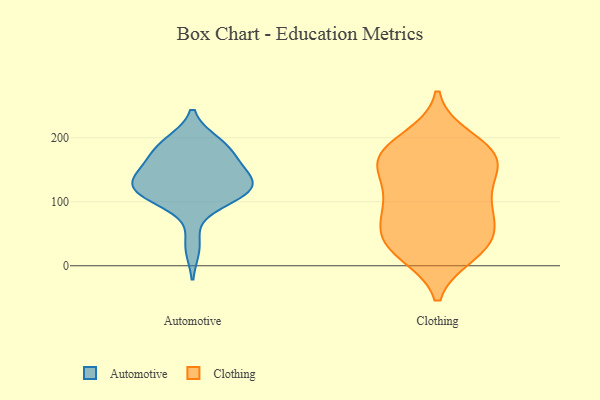
{"axis": {"x": "Budget (USD K)", "y": "Value"}, "legend": ["Automotive", "Clothing"], "data": [{"x": "", "y": 192, "type": "Automotive"}, {"x": "", "y": 112, "type": "Automotive"}, {"x": "", "y": 105, "type": "Automotive"}, {"x": "", "y": 30, "type": "Automotive"}, {"x": "", "y": 146, "type": "Automotive"}, {"x": "", "y": 175, "type": "Automotive"}, {"x": "", "y": 109, "type": "Automotive"}, {"x": "", "y": 133, "type": "Automotive"}, {"x": "", "y": 126, "type": "Automotive"}, {"x": "", "y": 133, "type": "Automotive"}, {"x": "", "y": 129, "type": "Automotive"}, {"x": "", "y": 115, "type": "Automotive"}, {"x": "", "y": 183, "type": "Automotive"}, {"x": "", "y": 189, "type": "Automotive"}, {"x": "", "y": 160, "type": "Automotive"}, {"x": "", "y": 181, "type": "Clothing"}, {"x": "", "y": 27, "type": "Clothing"}, {"x": "", "y": 97, "type": "Clothing"}, {"x": "", "y": 177, "type": "Clothing"}, {"x": "", "y": 164, "type": "Clothing"}, {"x": "", "y": 36, "type": "Clothing"}, {"x": "", "y": 31, "type": "Clothing"}, {"x": "", "y": 166, "type": "Clothing"}, {"x": "", "y": 162, "type": "Clothing"}, {"x": "", "y": 49, "type": "Clothing"}, {"x": "", "y": 67, "type": "Clothing"}, {"x": "", "y": 198, "type": "Clothing"}, {"x": "", "y": 121, "type": "Clothing"}, {"x": "", "y": 85, "type": "Clothing"}, {"x": "", "y": 150, "type": "Clothing"}, {"x": "", "y": 20, "type": "Clothing"}, {"x": "", "y": 96, "type": "Clothing"}]}